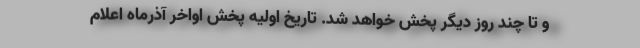
و تا چند روز دیگر پخش خواهد شد. تاریخ اولیه پخش اواخر آذرماه اعلام